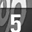
Digit: 5